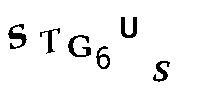
STG6US